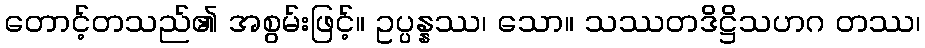
တောင့်တသည်၏ အစွမ်းဖြင့်။ ဥပ္ပန္နဿ၊ သော။ သဿတဒိဋ္ဌိသဟဂ တဿ၊